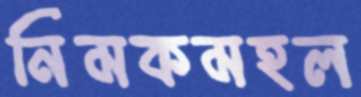
নিমকমহল